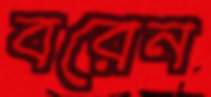
বরেন